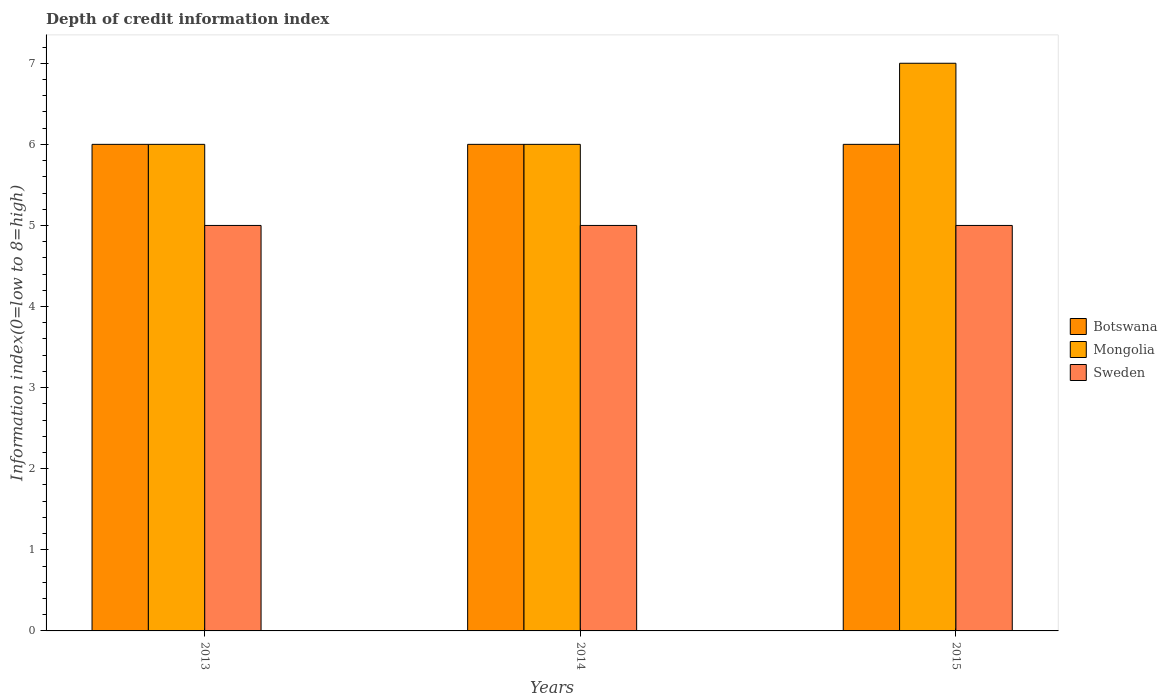
| Years | Botswana | Mongolia | Sweden |
 | --- | --- | --- | --- |
 | 2013 | 6 | 6 | 5 |
 | 2014 | 6 | 6 | 5 |
 | 2015 | 6 | 7 | 5 |